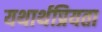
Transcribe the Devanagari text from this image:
यथार्थप्रियता